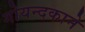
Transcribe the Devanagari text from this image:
गोयन्‍दकाने